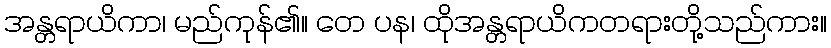
အန္တရာယိကာ၊ မည်ကုန်၏။ တေ ပန၊ ထိုအန္တရာယိကတရားတို့သည်ကား။